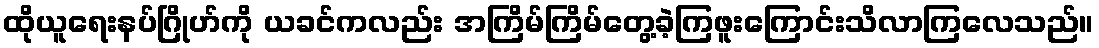
ထိုယူရေးနပ်ဂြိုဟ်ကို ယခင်ကလည်း အကြိမ်ကြိမ်တွေ့ခဲ့ကြဖူးကြောင်းသိလာကြလေသည်။